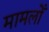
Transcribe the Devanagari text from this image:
मामलोँ